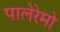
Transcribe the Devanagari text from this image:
पालेरेमो